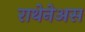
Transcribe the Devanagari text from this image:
राथेनेअस